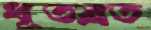
ধূতব্রত